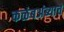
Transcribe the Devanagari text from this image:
कळंबअंब्याचे